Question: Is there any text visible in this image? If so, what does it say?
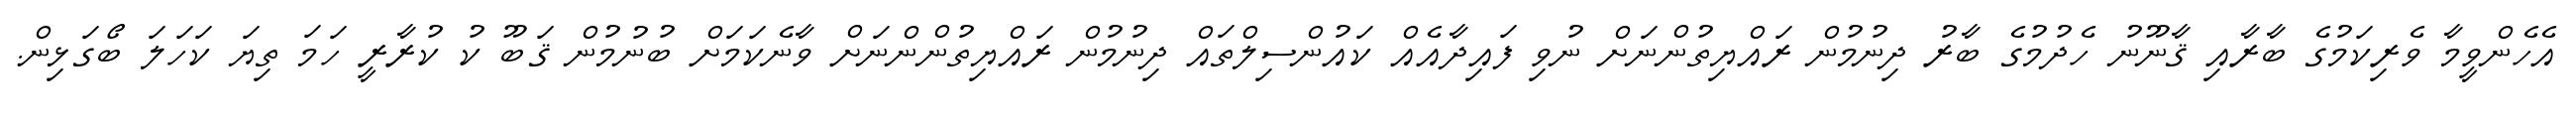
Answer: އެހެންވީމާ ވެރިކަމުގެ ބާރާއި ޤާނޫނު ހެދުމުގެ ބާރު ދިނުމުން ރައްޔިތުންނަށް ނުވި ފައިދާއެއް ކައުންސިލްތައް ދިނުމުން ރައްޔިތުންންނަށް ވާނެކަމަށް ބުނުމުން ޤަބޫ ކު ކުރާރީ ހަމަ ތިޔަ ކަހަލަ ބޯގަޅިން.